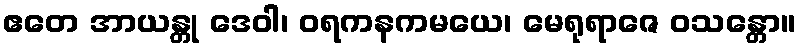
ဧတေ အာယန္တု ဒေဝါ၊ ဝရကနကမယေ၊ မေရုရာဇေ ဝသန္တော။